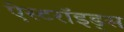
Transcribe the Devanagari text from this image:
ऐस्टरॉइड्स